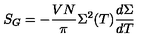
S _ { G } = - { \frac { V N } { \pi } } \Sigma ^ { 2 } ( T ) { \frac { d \Sigma } { d T } }